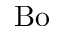
\mathrm { B o }